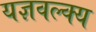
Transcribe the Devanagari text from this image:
यज्ञवल्क्य